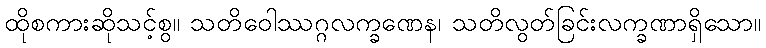
ထိုစကားဆိုသင့်စွ။ သတိဝေါဿဂ္ဂလက္ခဏေန၊ သတိလွတ်ခြင်းလက္ခဏာရှိသော။